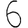
Digit: 6